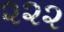
૨૨૨